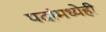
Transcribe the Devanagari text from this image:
पदांमध्येही